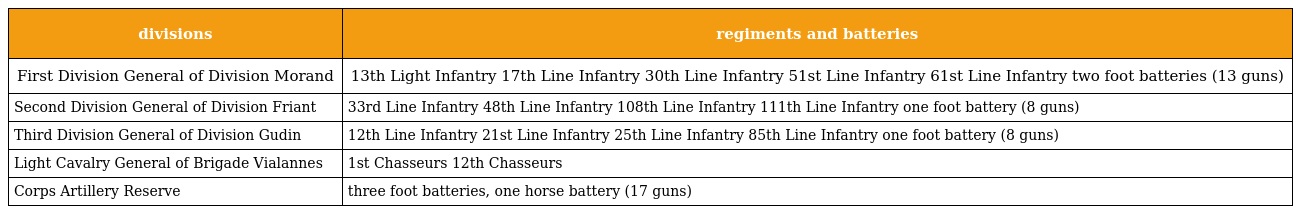
| divisions | regiments and batteries |
 | --- | --- |
 | First Division General of Division Morand | 13th Light Infantry 17th Line Infantry 30th Line Infantry 51st Line Infantry 61st Line Infantry two foot batteries (13 guns) |
 | Second Division General of Division Friant | 33rd Line Infantry 48th Line Infantry 108th Line Infantry 111th Line Infantry one foot battery (8 guns) |
 | Third Division General of Division Gudin | 12th Line Infantry 21st Line Infantry 25th Line Infantry 85th Line Infantry one foot battery (8 guns) |
 | Light Cavalry General of Brigade Vialannes | 1st Chasseurs 12th Chasseurs |
 | Corps Artillery Reserve | three foot batteries, one horse battery (17 guns) |